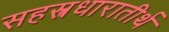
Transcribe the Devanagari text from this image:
सहस्त्रधारातीर्थ